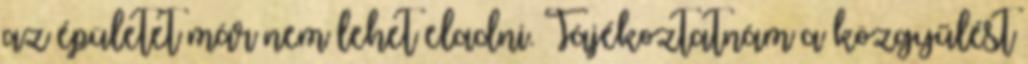
az épületet már nem lehet eladni. Tájékoztatnám a közgyűlést